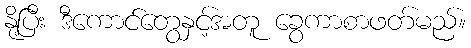
နို့ပြီး ဒီကောင်တွေနှင့်အတူ ခွေကာစာဖတ်မည်။